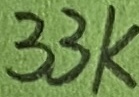
Text: 33K